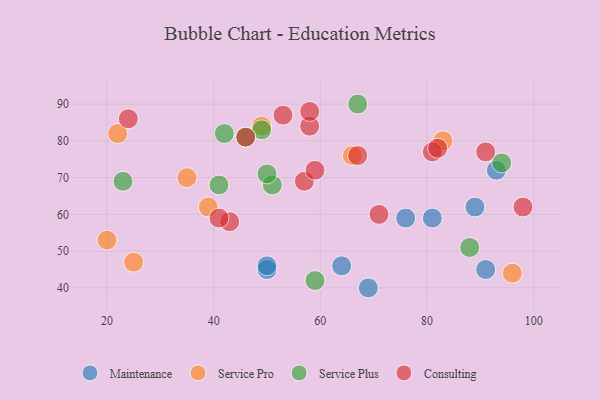
{"axis": {"x": "GDP", "y": "Life Expectancy"}, "legend": ["Consulting", "Maintenance", "Service Plus", "Service Pro"], "data": [{"x": "81", "y": 59, "type": "Maintenance"}, {"x": "89", "y": 62, "type": "Maintenance"}, {"x": "50", "y": 45, "type": "Maintenance"}, {"x": "50", "y": 46, "type": "Maintenance"}, {"x": "69", "y": 40, "type": "Maintenance"}, {"x": "64", "y": 46, "type": "Maintenance"}, {"x": "91", "y": 45, "type": "Maintenance"}, {"x": "76", "y": 59, "type": "Maintenance"}, {"x": "93", "y": 72, "type": "Maintenance"}, {"x": "66", "y": 76, "type": "Service Pro"}, {"x": "83", "y": 80, "type": "Service Pro"}, {"x": "39", "y": 62, "type": "Service Pro"}, {"x": "49", "y": 84, "type": "Service Pro"}, {"x": "22", "y": 82, "type": "Service Pro"}, {"x": "35", "y": 70, "type": "Service Pro"}, {"x": "20", "y": 53, "type": "Service Pro"}, {"x": "96", "y": 44, "type": "Service Pro"}, {"x": "25", "y": 47, "type": "Service Pro"}, {"x": "94", "y": 74, "type": "Service Plus"}, {"x": "67", "y": 90, "type": "Service Plus"}, {"x": "42", "y": 82, "type": "Service Plus"}, {"x": "49", "y": 83, "type": "Service Plus"}, {"x": "51", "y": 68, "type": "Service Plus"}, {"x": "50", "y": 71, "type": "Service Plus"}, {"x": "41", "y": 68, "type": "Service Plus"}, {"x": "23", "y": 69, "type": "Service Plus"}, {"x": "59", "y": 42, "type": "Service Plus"}, {"x": "88", "y": 51, "type": "Service Plus"}, {"x": "46", "y": 81, "type": "Service Plus"}, {"x": "53", "y": 87, "type": "Consulting"}, {"x": "57", "y": 69, "type": "Consulting"}, {"x": "71", "y": 60, "type": "Consulting"}, {"x": "46", "y": 81, "type": "Consulting"}, {"x": "58", "y": 84, "type": "Consulting"}, {"x": "59", "y": 72, "type": "Consulting"}, {"x": "43", "y": 58, "type": "Consulting"}, {"x": "58", "y": 88, "type": "Consulting"}, {"x": "41", "y": 59, "type": "Consulting"}, {"x": "91", "y": 77, "type": "Consulting"}, {"x": "67", "y": 76, "type": "Consulting"}, {"x": "81", "y": 77, "type": "Consulting"}, {"x": "82", "y": 78, "type": "Consulting"}, {"x": "98", "y": 62, "type": "Consulting"}, {"x": "24", "y": 86, "type": "Consulting"}]}